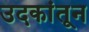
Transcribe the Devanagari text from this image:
उदकांतून